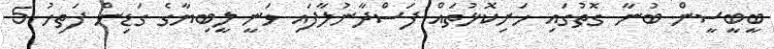
ބީބީސީން ބުނާ ގޮތުގައި ހަށިކޮޅުތައް ފަސްދާނުލާފައި ވަނީ ލީބިޔާގެ ގަޑިން ފަތިހު 5